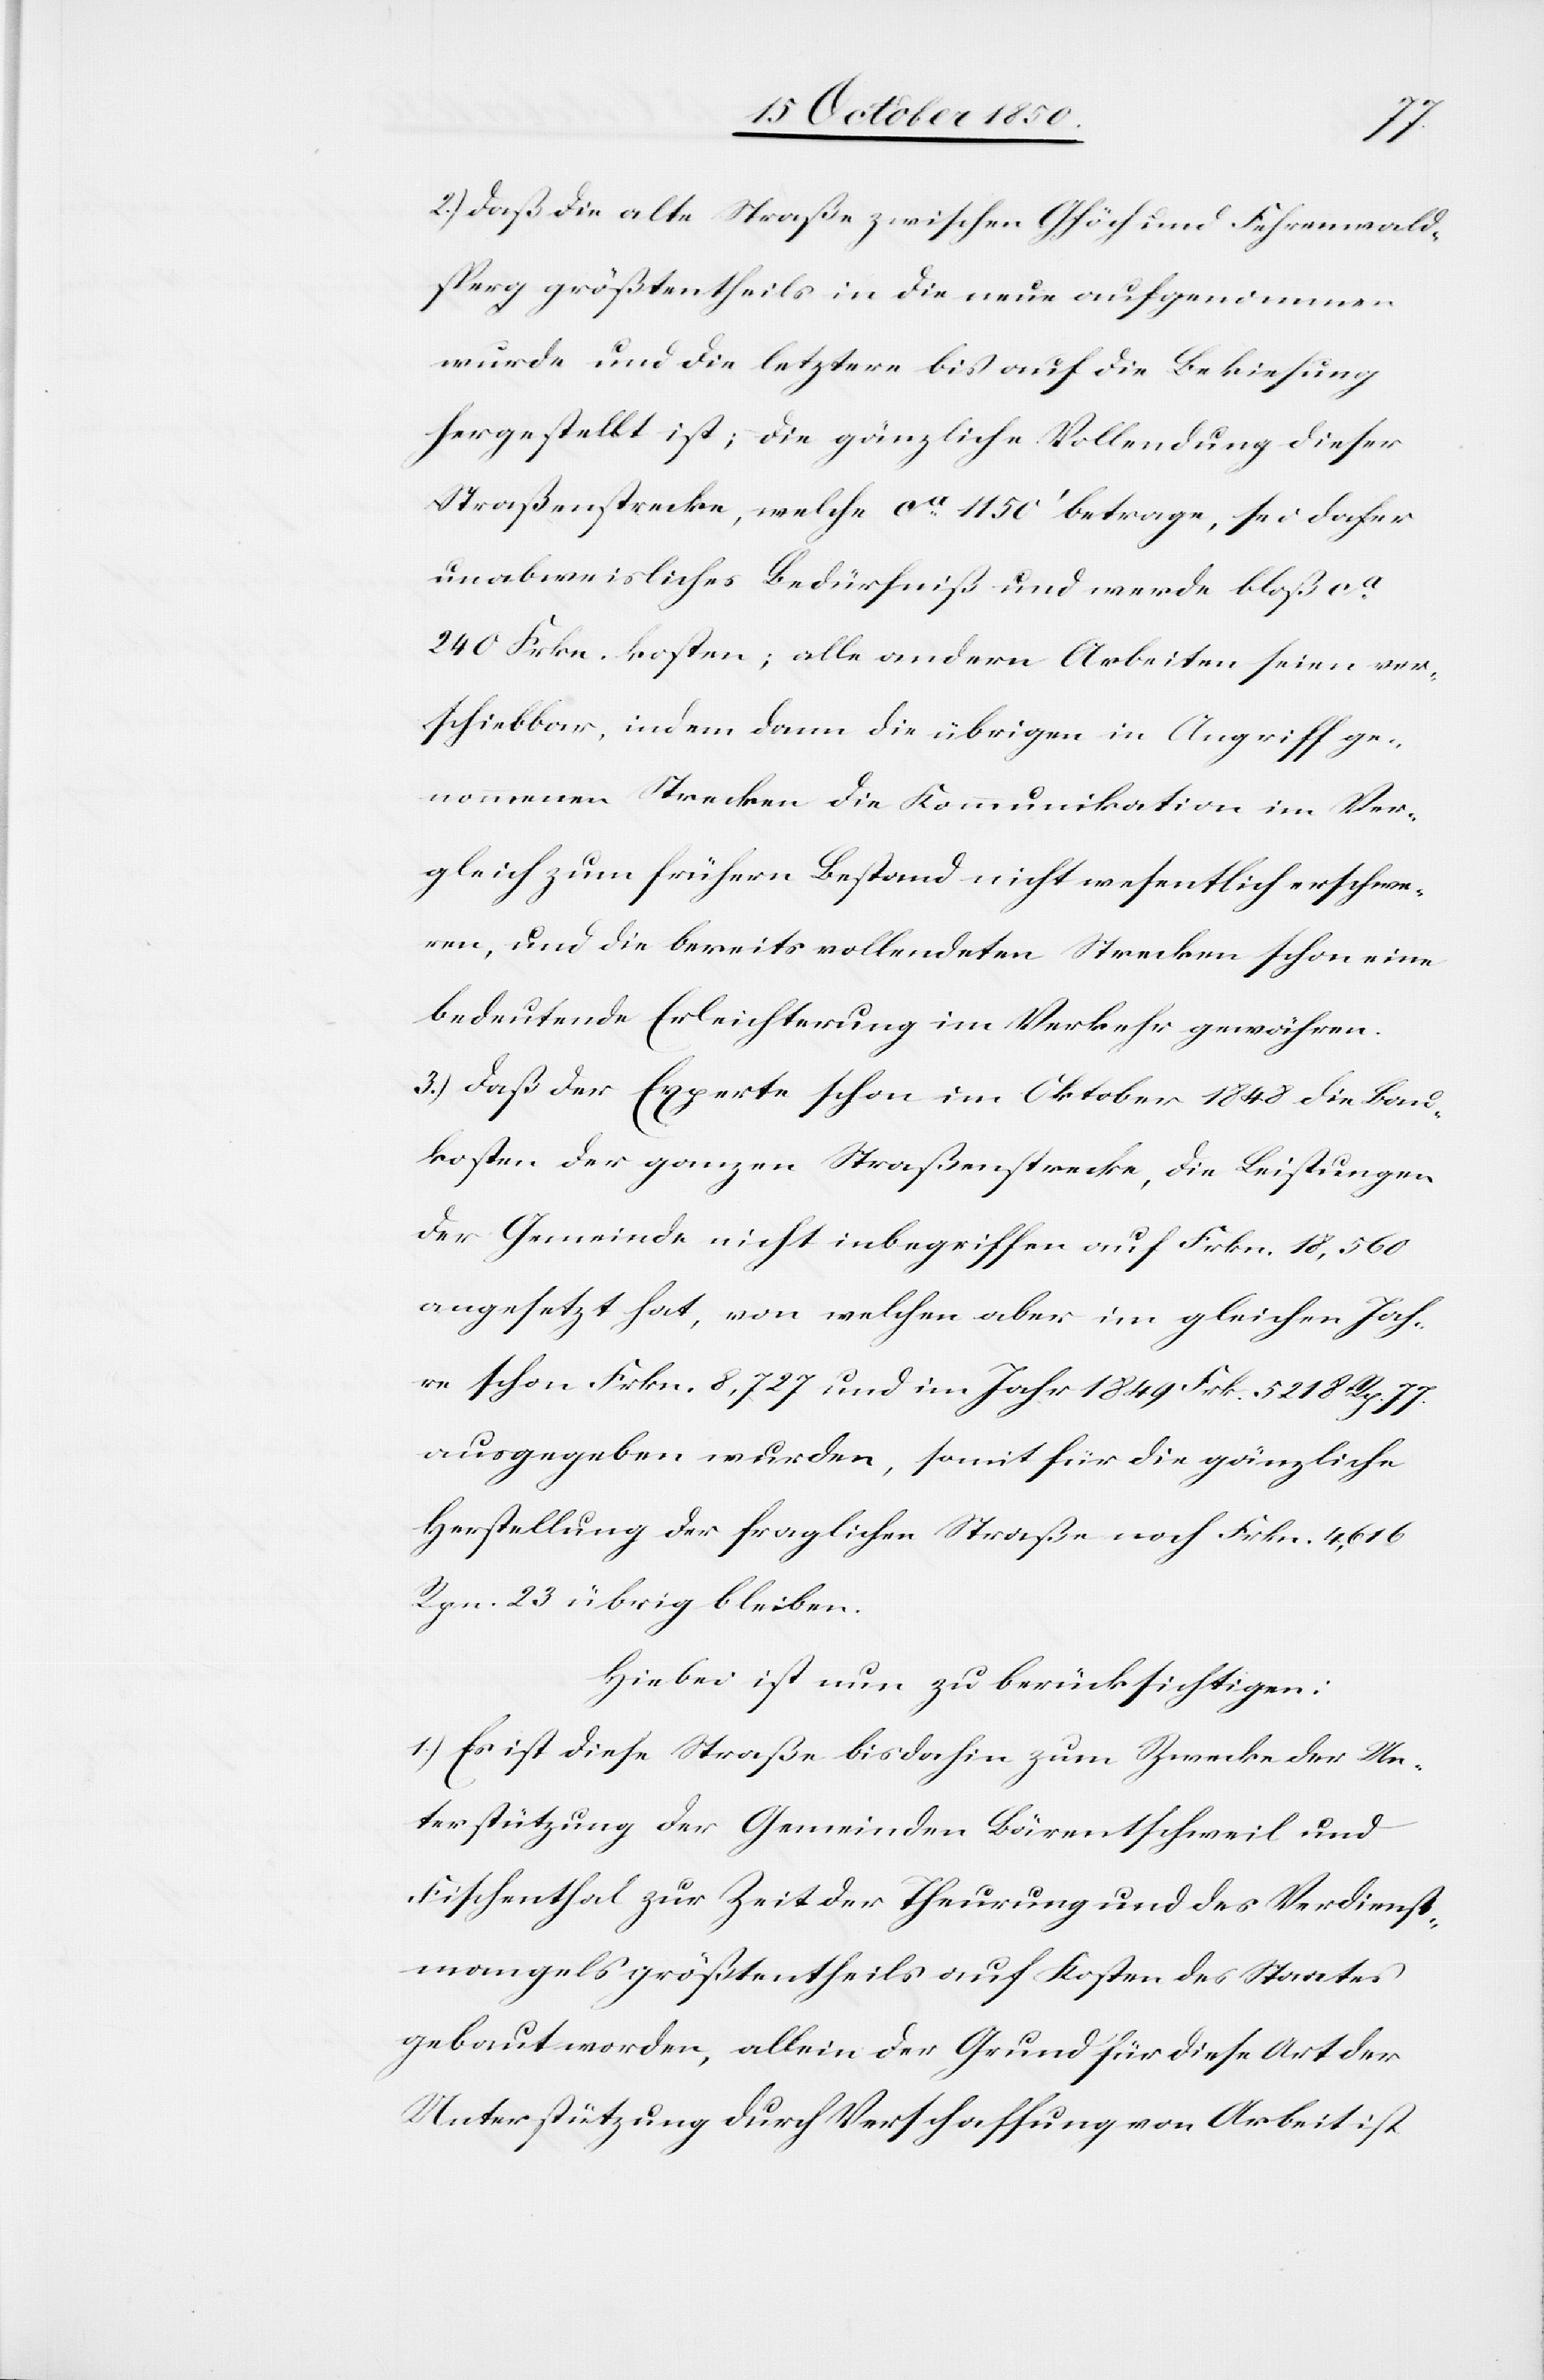
2.) Daß die alte Straße zwischen Ghöch und Fehrenwald¬
sperg größtentheils in die neue aufgenommen
wurde und die letztere bis auf die Bekiesung
hergestellt ist; die gänzliche Vollendung dieser
Straßenstrecke, welche ca 1150‘ betrage, sei daher
unabweisliches Bedürfniß und werde bloß ca
240 Frkn. kosten; alle andern Arbeiten seien ver¬
schiebbar, indem dann die übrigen in Angriff ge¬
nommenen Strecken die Kommunikation im Ver¬
gleich zum frühern Bestand nicht wesentlich schon
bedeutende Erleichterung im Verkehr gewähren.
3.) Daß der Experte schon im Oktober 1848 die Land¬
kosten der ganzen Straßenstrecke, die Leistungen
der Gemeinde nicht inbegriffen auf Frkn. 18,560
angesetzt hat, von welchen aber im gleichen Jah¬
re schon Frkn. 8,727 und im Jahr 1849 Frk. 5218 Rp. 77.
ausgegeben wurden, somit für die gänzliche
Herstellung der fraglichen Straße noch Frkn. 4,616
Rpn. 23 übrig bleiben.
Hiebei ist nun zu berücksichtigen:
1.) Es ist diese Straße bisdahin zum Zwecke der Un¬
terstützung der Gemeinden Bärentschweil und
Fischenthal zur Zeit der Theurung und des Verdienst¬
mangels größtentheils auf Kosten des Staates
gebaut worden, allein der Grund für diese Art der
Unterstützung durch Verschaffung von Arbeit ist